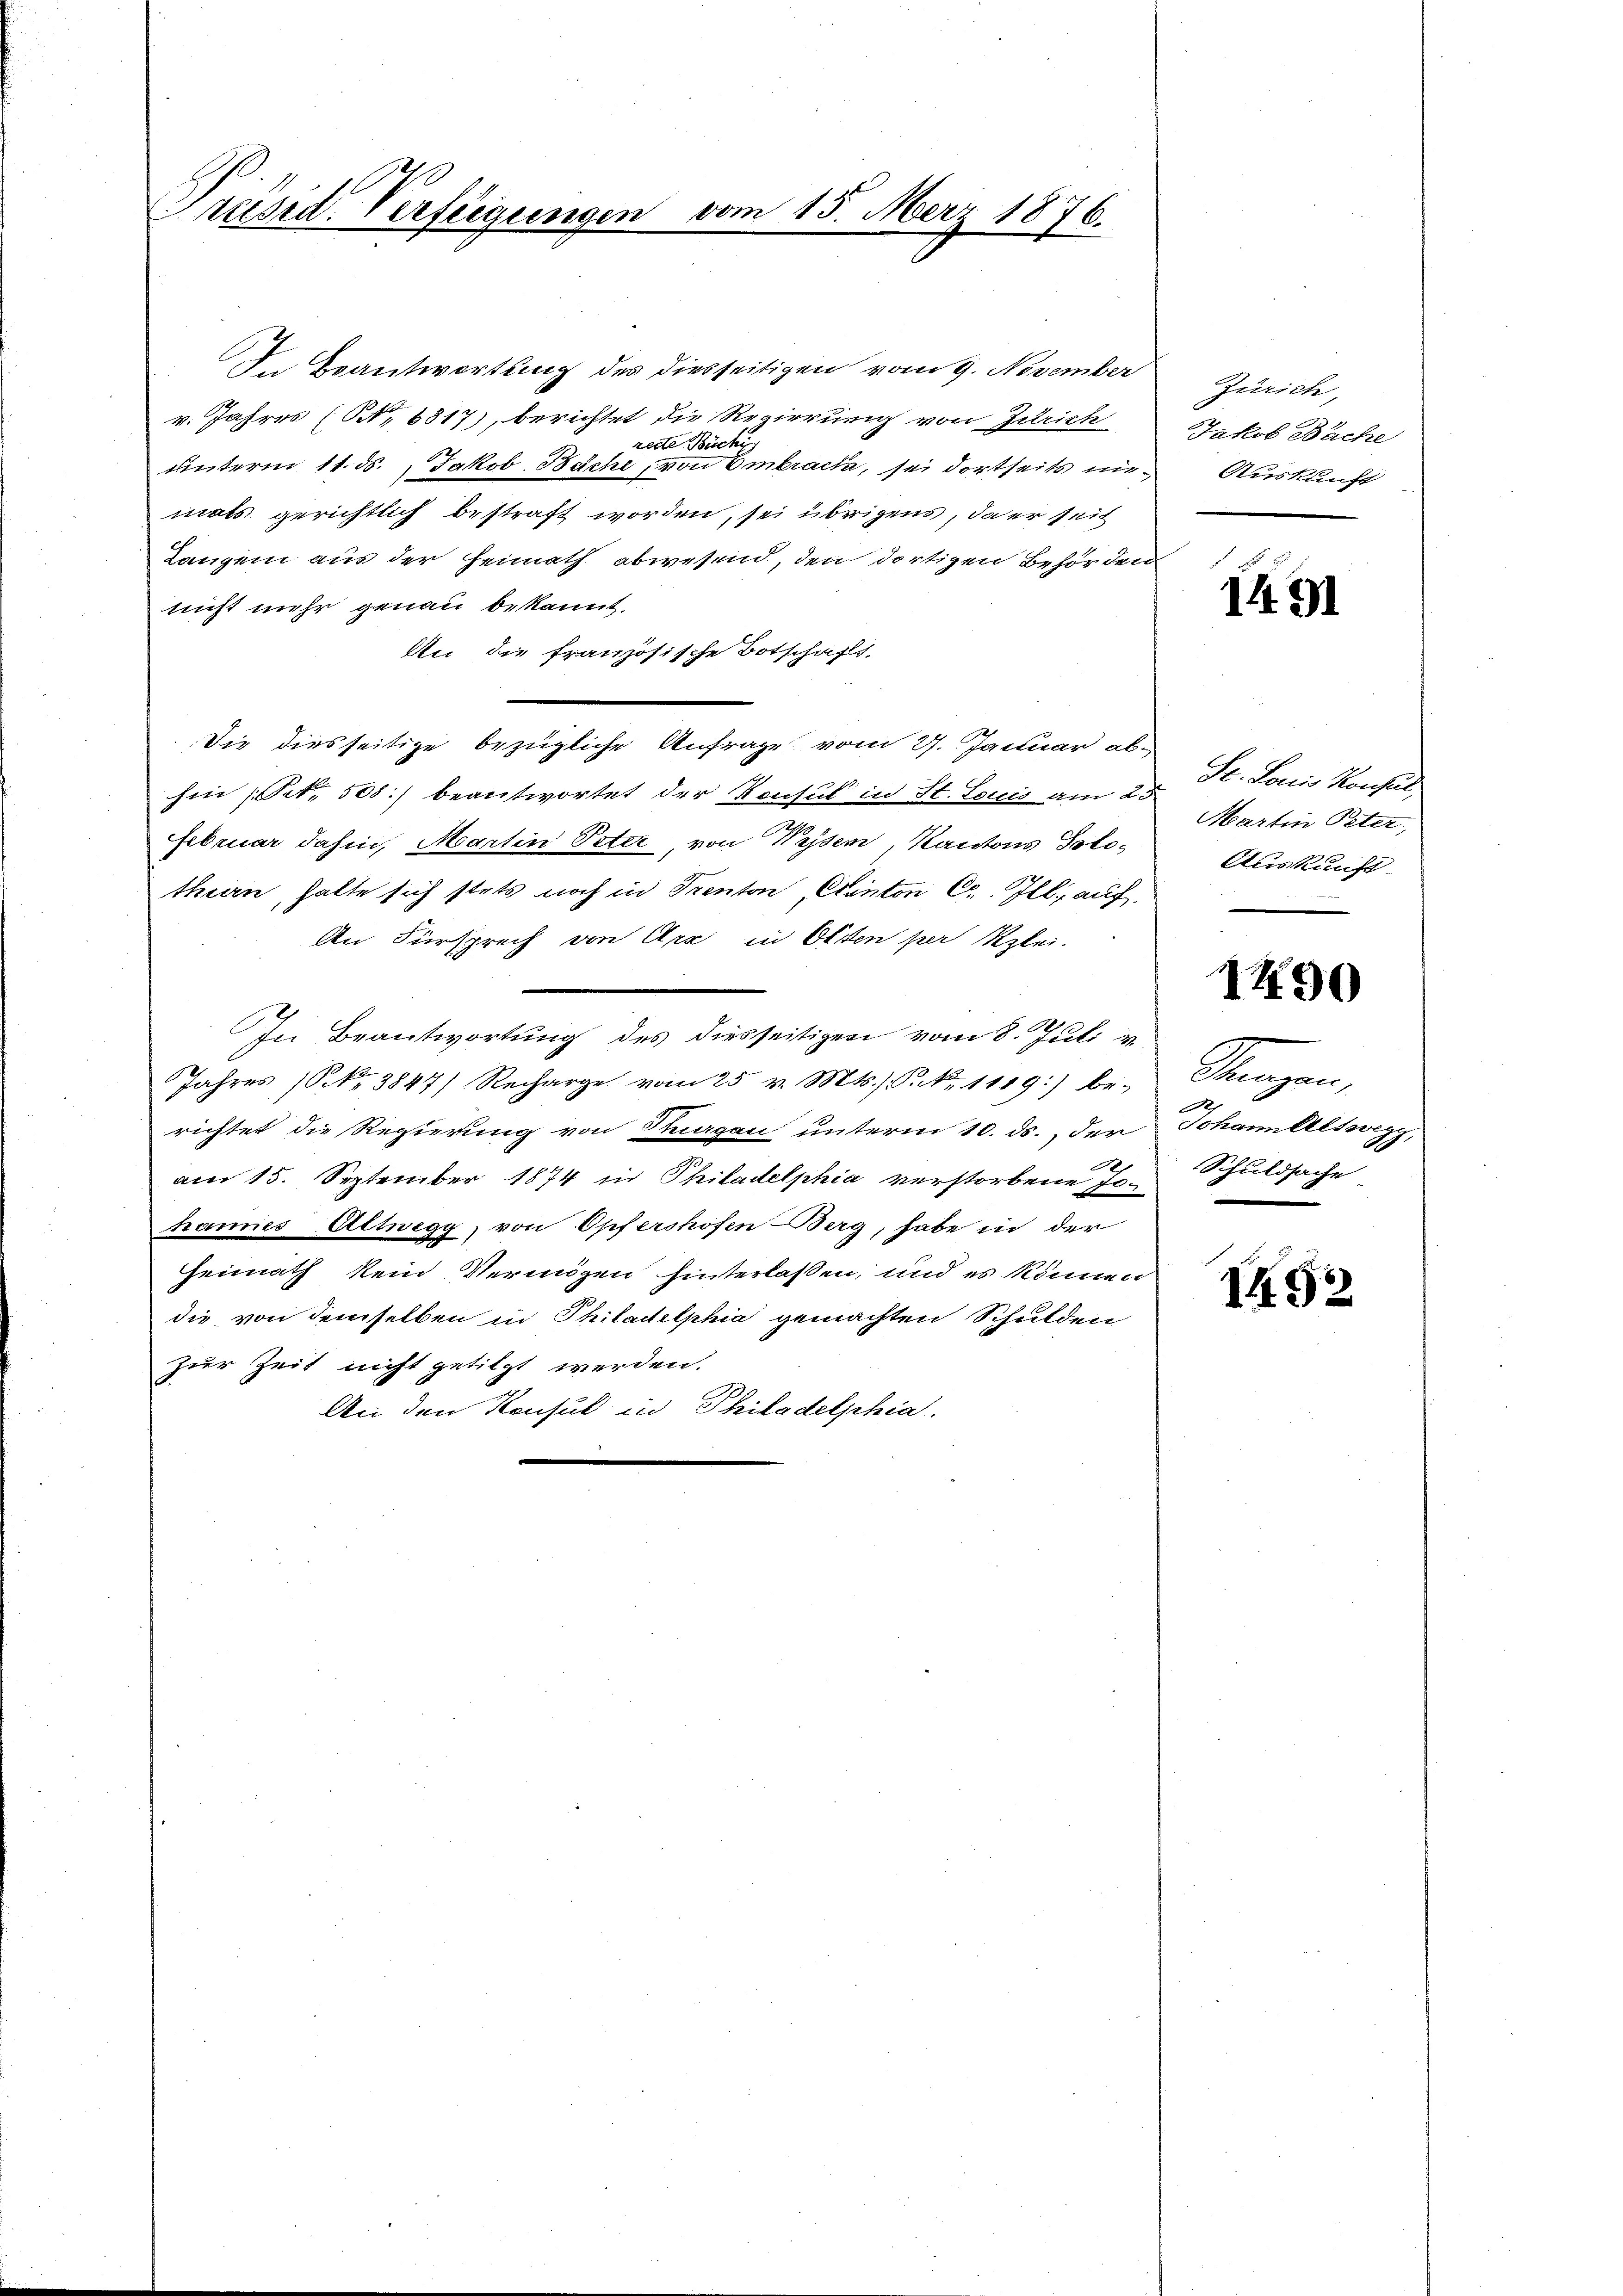
Präsid. Verfügungen vom 15. März 1876.
2

In Beantwortung des diesseitigen vom 9. November
v. Jahres (No 6817), berichtet die Regierung von Zürich
recte Büchi
unterm 11. ds. Jakob. Bäche, von Embrache, sei dortseits nimals gerichtlich bestraft worden, sei übrigens, da er seit
Langen aus der Heimath abwesend, den dortigen Behörden
nicht mehr genau bekannt.
An die französische Botschafts-
Die diesseitige bezügliche Anfrage vom 27. Januar abhin (Pct. 508) beantwortet der Konsul in St. Louis am 25
Februar dahin, Martin Peter, von Wesen Kantons Solothiern, hatte sich stets noch in Trenton, Canton C. Ill. auf.
An Fürsprech von Arx in Olten per Klei¬
In Beantwortung des diesseitigen vom 8. Juli v.
Jahres (S. 3847) Recharge vom 25. v. Mts. ) P. Nr. 1119) be-
richtet die Regierung von Sargau unterm 10. ds., der
am 15. September 1874 in Philadelphia verstorbene Johannes Altwegg, von Opfershofen-Berg, habe in der
Heimath kein Vermögen hinterlassen, und es können
die von demselben in Philadelphia gemachten Schulden
zur Zeit nicht getilgt werden.
An den Konsul in Philadelphia

Zürich
Jakob Bache
Auskunft

1491

St. Louis Konsul
Martin Peter,
Auskunft
e

1490

Stangen,
e
Johann Altwegg,
Schuldsache

I492